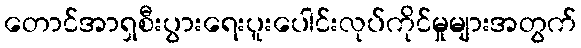
တောင်အာရှစီးပွားရေးပူးပေါင်းလုပ်ကိုင်မှုများအတွက်